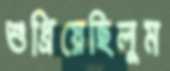
শুধ্‌রিয়েছিলুম